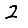
Digit: 2